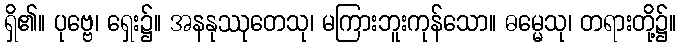
ရှိ၏။ ပုဗ္ဗေ၊ ရှေး၌။ အနနုဿုတေသု၊ မကြားဘူးကုန်သော။ ဓမ္မေသု၊ တရားတို့၌။